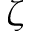
\zeta